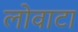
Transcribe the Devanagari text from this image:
लोवाटा